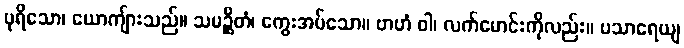
ပုရိသော၊ ယောကျ်ားသည်။ သမဉ္ဆိတံ၊ ကွေးအပ်သော။ ဗာဟံ ဝါ၊ လက်မောင်းကိုလည်း။ ပသာရေယျ